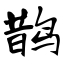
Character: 鹊